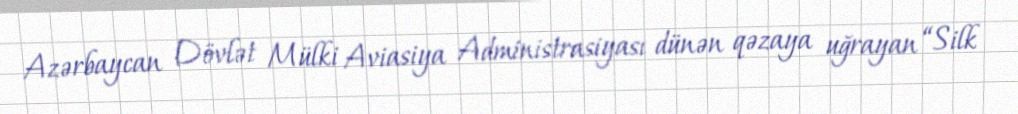
Azərbaycan Dövlət Mülki Aviasiya Administrasiyası dünən qəzaya uğrayan “Silk